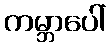
ကမ္ဘာပေါ်